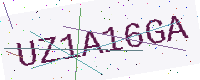
Text: UZ1A16GA